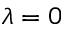
\lambda = 0